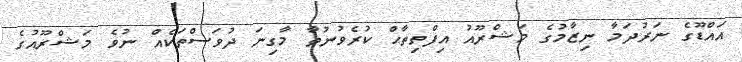
އައްޑޫގެ ނަރުދަމާ ނިޒާމުގެ މަޝްރޫއު އިފްތިތާޙް ކުރެވުނުތާ މާގިނަ ދުވަސްތަކެއް ނުވެ މަޝްރޫއުގެ